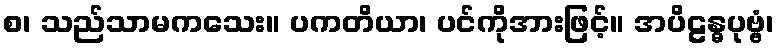
စ၊ သည်သာမကသေး။ ပကတိယာ၊ ပင်ကိုအားဖြင့်။ အပိဠန္ဓပုဗ္ဗံ၊